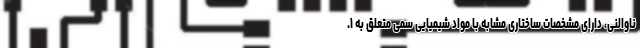
ناوالنی، دارای مشخصات ساختاری مشابه با مواد شیمیایی سمی متعلق به ۱.